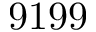
9 1 9 9